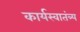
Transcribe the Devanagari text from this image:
कार्यस्वातंत्र्य